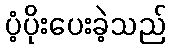
ပံ့ပိုးပေးခဲ့သည်